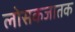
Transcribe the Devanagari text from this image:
लोसकजातक